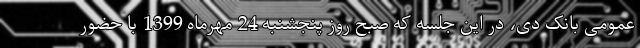
عمومی بانک دی، در این جلسه که صبح روز پنجشنبه 24 مهرماه 1399 با حضور